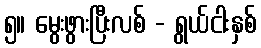
၅။ မွေးဖွားပြီးလစ် - ရွယ်ငါးနှစ်